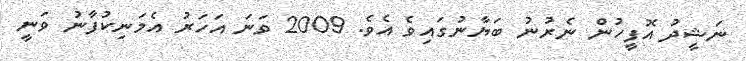
ނަޝީދު އޮފީހުން ނެރުނު ބަޔާނުގައިވެ އެވެ. 2009 ވަނަ އަހަރު އެމަނިކުފާނު ވަނީ